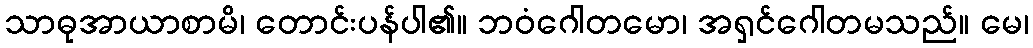
သာဓုအာယာစာမိ၊ တောင်းပန်ပါ၏။ ဘဝံဂေါတမော၊ အရှင်ဂေါတမသည်။ မေ၊